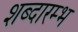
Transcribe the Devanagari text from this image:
शब्दारम्भ